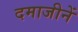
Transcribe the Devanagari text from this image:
दमाजीनें